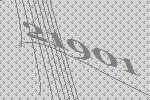
21901